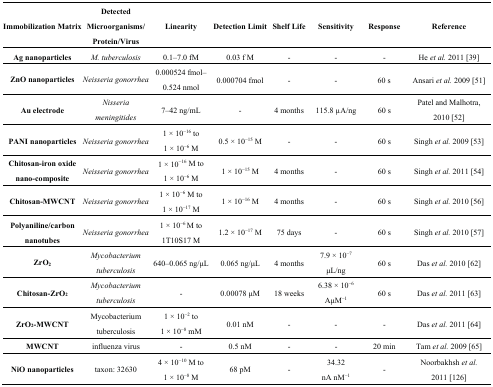
| Immobilization Matrix | Detected Microorganisms/Protein/Virus | Linearity | Detection Limit | Shelf Life | Sensitivity | Response | Reference |
 | --- | --- | --- | --- | --- | --- | --- | --- |
 | Ag nanoparticles | M. tuberculosis | 0.1–7.0 fM | 0.03 f M | - | - | - | He et al. 2011 [39] |
 | ZnO nanoparticles | Neisseria gonorrhea | 0.000524 fmol–0.524 nmol | 0.000704 fmol | - | - | 60 s | Ansari et al. 2009 [51] |
 | Au electrode | Nisseria meningitides | 7–42 ng/mL | - | 4 months | 115.8 μA/ng | 60 s | Patel and Malhotra, 2010 [52] |
 | PANI nanoparticles | Neisseria gonorrhea | 1 × 10−16 to 1 × 10−6 M | 0.5 × 10−15 M | - | - | 60 s | Singh et al. 2009 [53] |
 | Chitosan-iron oxide nano-composite | Neisseria gonorrhea | 1 × 10−16 M to 1 × 10−6 M | 1 × 10−15 M | 4 months | - | 60 s | Singh et al. 2011 [54] |
 | Chitosan-MWCNT | Neisseria gonorrhea | 1 × 10−6 M to 1 × 10−17 M | 1 × 10−16 M | 4 months | - | 60 s | Singh et al. 2010 [56] |
 | Polyaniline/carbon nanotubes | Neisseria gonorrhea | 1 × 10−6 M to 1T10S17 M | 1.2 × 10−17 M | 75 days | - | 60 s | Singh et al. 2010 [57] |
 | ZrO2 | Mycobacterium tuberculosis | 640–0.065 ng/μL | 0.065 ng/μL | 4 months | 7.9 × 10−7μL/ng | 60 s | Das et al. 2010 [62] |
 | Chitosan-ZrO2 | Mycobacterium tuberculosis | - | 0.00078 μM | 18 weeks | 6.38 × 10−6 AμM−1 | 60 s | Das et al. 2011 [63] |
 | ZrO2-MWCNT | Mycobacterium tuberculosis | 1 × 10−2 to 1 × 10−8 mM | 0.01 nM | - | - | - | Das et al. 2011 [64] |
 | MWCNT | influenza virus | - | 0.5 nM | - | - | 20 min | Tam et al. 2009 [65] |
 | NiO nanoparticles | taxon: 32630 | 4 × 10−10 M to 1 × 10−8 M | 68 pM | - | 34.32 nA nM−1 | - | Noorbakhsh et al. 2011 [126] |